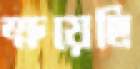
ক্ষয়েছি